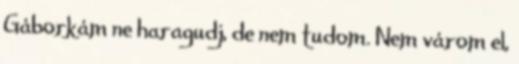
Gáborkám ne haragudj, de nem tudom. Nem várom el,